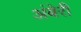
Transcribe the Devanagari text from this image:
अंबेरी